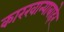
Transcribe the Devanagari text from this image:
कारखान्याबाहेर